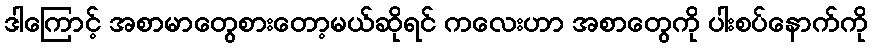
ဒါကြောင့် အစာမာတွေစားတော့မယ်ဆိုရင် ကလေးဟာ အစာတွေကို ပါးစပ်နောက်ကို